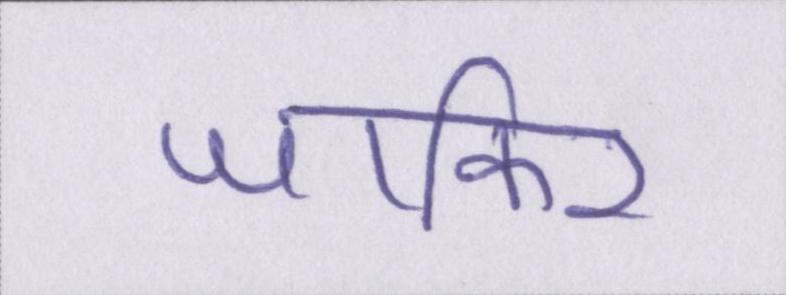
जाकिर